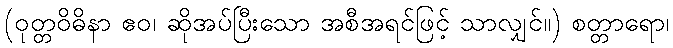
(ဝုတ္တဝိဓိနာ ဧဝ၊ ဆိုအပ်ပြီးသော အစီအရင်ဖြင့် သာလျှင်။) စတ္တာရော၊